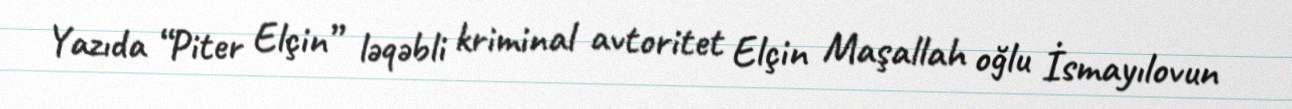
Yazıda “Piter Elçin” ləqəbli kriminal avtoritet Elçin Maşallah oğlu İsmayılovun